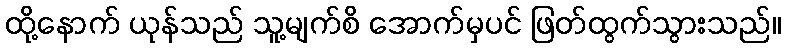
ထို့နောက် ယုန်သည် သူ့မျက်စိ အောက်မှပင် ဖြတ်ထွက်သွားသည်။